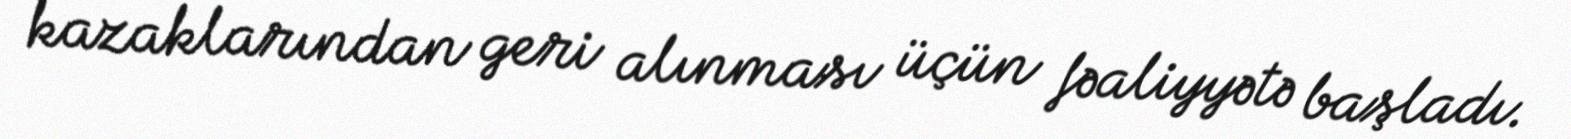
kazaklarından geri alınması üçün fəaliyyətə başladı.